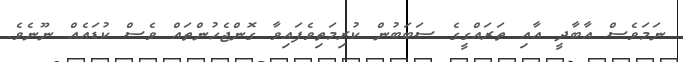
ނަމަވެސް އާބާދީ އާއި ތަރައްގީގެ ސަބަބުން ކުރިމަތިވެފައިވާ ގޮންޖެހުންތައް ވެސް ކުޑައެއް ނޫނެވެ.